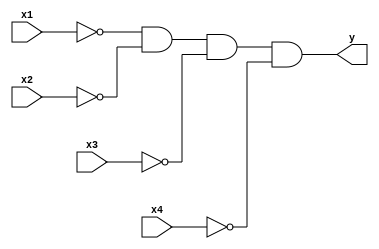
module not_and4(x1, x2, x3, x4, y);
    input   x1, x2, x3, x4;
    output  y;

    assign y = ~x1 & ~x2 & ~x3 & ~x4;
endmodule